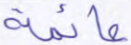
عائمة